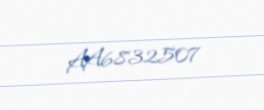
AA6832507